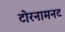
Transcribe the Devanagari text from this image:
टोरनामनट